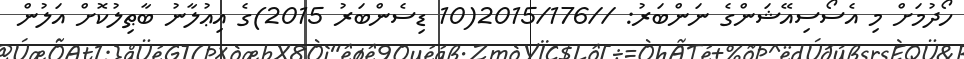
ހޯދުމަށް މި އެސޯސިއޭޝަންގެ ނަންބަރު: //2015/176(10 ޑިސެންބަރު 2015)ގެ އިޢުލާނު ބާޠިލުކޮށް އަލުން